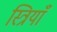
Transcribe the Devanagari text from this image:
स्त्रियाँं